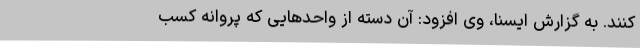
کنند. به گزارش ایسنا، وی افزود: آن دسته از واحدهایی که پروانه کسب